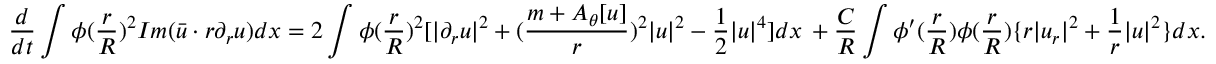
\aligned \frac { d } { d t } \int \phi ( \frac { r } { R } ) ^ { 2 } I m ( \bar { u } \cdot r \partial _ { r } u ) d x = 2 \int \phi ( \frac { r } { R } ) ^ { 2 } [ | \partial _ { r } u | ^ { 2 } + ( \frac { m + A _ { \theta } [ u ] } { r } ) ^ { 2 } | u | ^ { 2 } - \frac { 1 } { 2 } | u | ^ { 4 } ] d x \, + \frac { C } { R } \int \phi ^ { \prime } ( \frac { r } { R } ) \phi ( \frac { r } { R } ) \{ r | u _ { r } | ^ { 2 } + \frac { 1 } { r } | u | ^ { 2 } \} d x . \endaligned